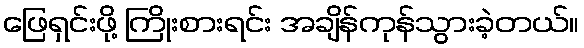
ဖြေရှင်းဖို့ ကြိုးစားရင်း အချိန်ကုန်သွားခဲ့တယ်။